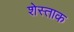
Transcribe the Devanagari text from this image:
शेस्ताक